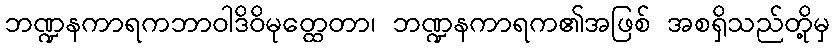
ဘဏ္ဍနကာရကဘာဝါဒိဝိမုတ္ထေတာ၊ ဘဏ္ဍနကာရက၏အဖြစ် အစရှိသည်တို့မှ